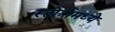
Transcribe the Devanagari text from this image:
स्तोत्रांमध्ये